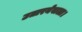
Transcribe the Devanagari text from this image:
उतारनेवाला।